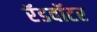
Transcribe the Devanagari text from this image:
रॅडवॉटर